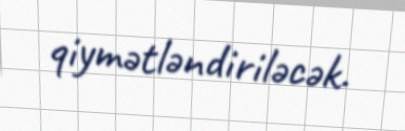
qiymətləndiriləcək.